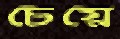
চেয়ে